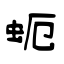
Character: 蚅